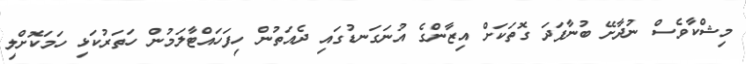
މިޝްކާވެސް ނުދާށޭ ބުނާފަދަ ގޮތަކަށް އިޒާންގެ އުނަގަނޑުގައި ދެއަތުން ހިފަހައްޓާލަމުން ހަތަރުކަޅި ހަމަކޮށްލި